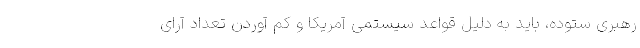
رهبری ستوده، باید به دلیل قواعد سیستمی آمریکا و کم آوردن تعداد آرای